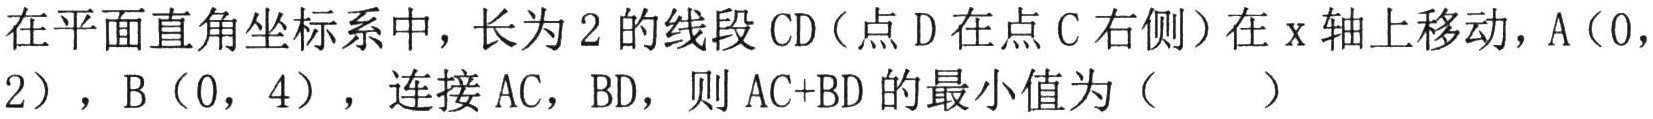
在平面直角坐标系中，长为$2$的线段$\text{CD}$（点$\text{D}$在点$\text{C}$右侧）在$\text{x}$轴上移动，$\text{A}(0,2)$，$\text{B}(0,4)$，连接$\text{AC}$，$\text{BD}$，则$\text{AC + BD}$的最小值为（  ）